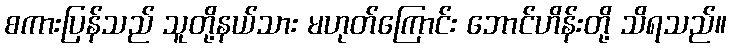
စကားပြန်သည် သူတို့နယ်သား မဟုတ်ကြောင်း ဘောင်ဟိန်းတို့ သိရသည်။